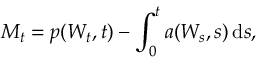
M _ { t } = p ( W _ { t } , t ) - \int _ { 0 } ^ { t } a ( W _ { s } , s ) \, \mathrm { d } s ,